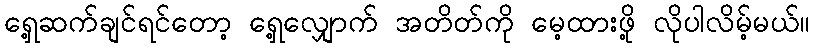
ရှေ့ဆက်ချင်ရင်တော့ ရှေ့လျှောက် အတိတ်ကို မေ့ထားဖို့ လိုပါလိမ့်မယ်။